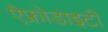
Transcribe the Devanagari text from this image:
ऐफ्रोडाइटी